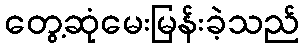
တွေ့ဆုံမေးမြန်းခဲ့သည်